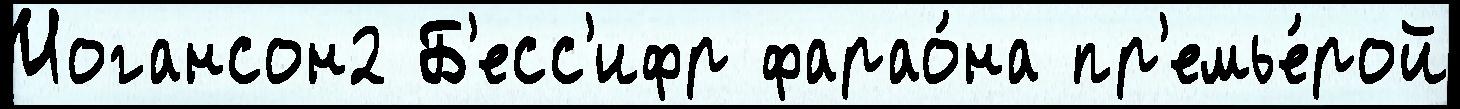
Иогансон2 Б'есс'ифр фарао́на пр'емье́рой